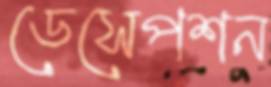
ডেসেপশন